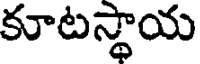
కూటస్థాయ